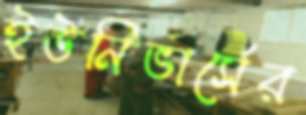
ইউনিভার্সের